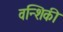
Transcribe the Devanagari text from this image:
वन्शिकी